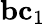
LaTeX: \mathbf{bc}_{1}